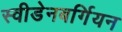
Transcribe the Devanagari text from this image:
स्वीडेनबर्गियन